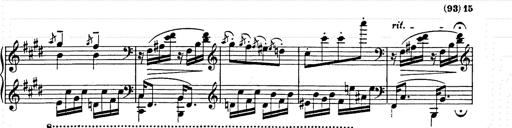
Title: Hungarian Rhapsody No.9
Composer: Franz Liszt
Key: E-flat major